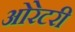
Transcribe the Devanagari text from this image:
ओरेटरी